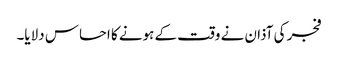
فجر کی آذان نے وقت کے ہونے کا احساس دلایا۔